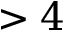
> 4